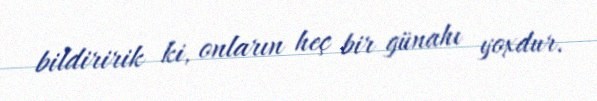
bildiririk ki, onların heç bir günahı yoxdur.